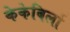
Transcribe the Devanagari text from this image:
केकेबिर्ला